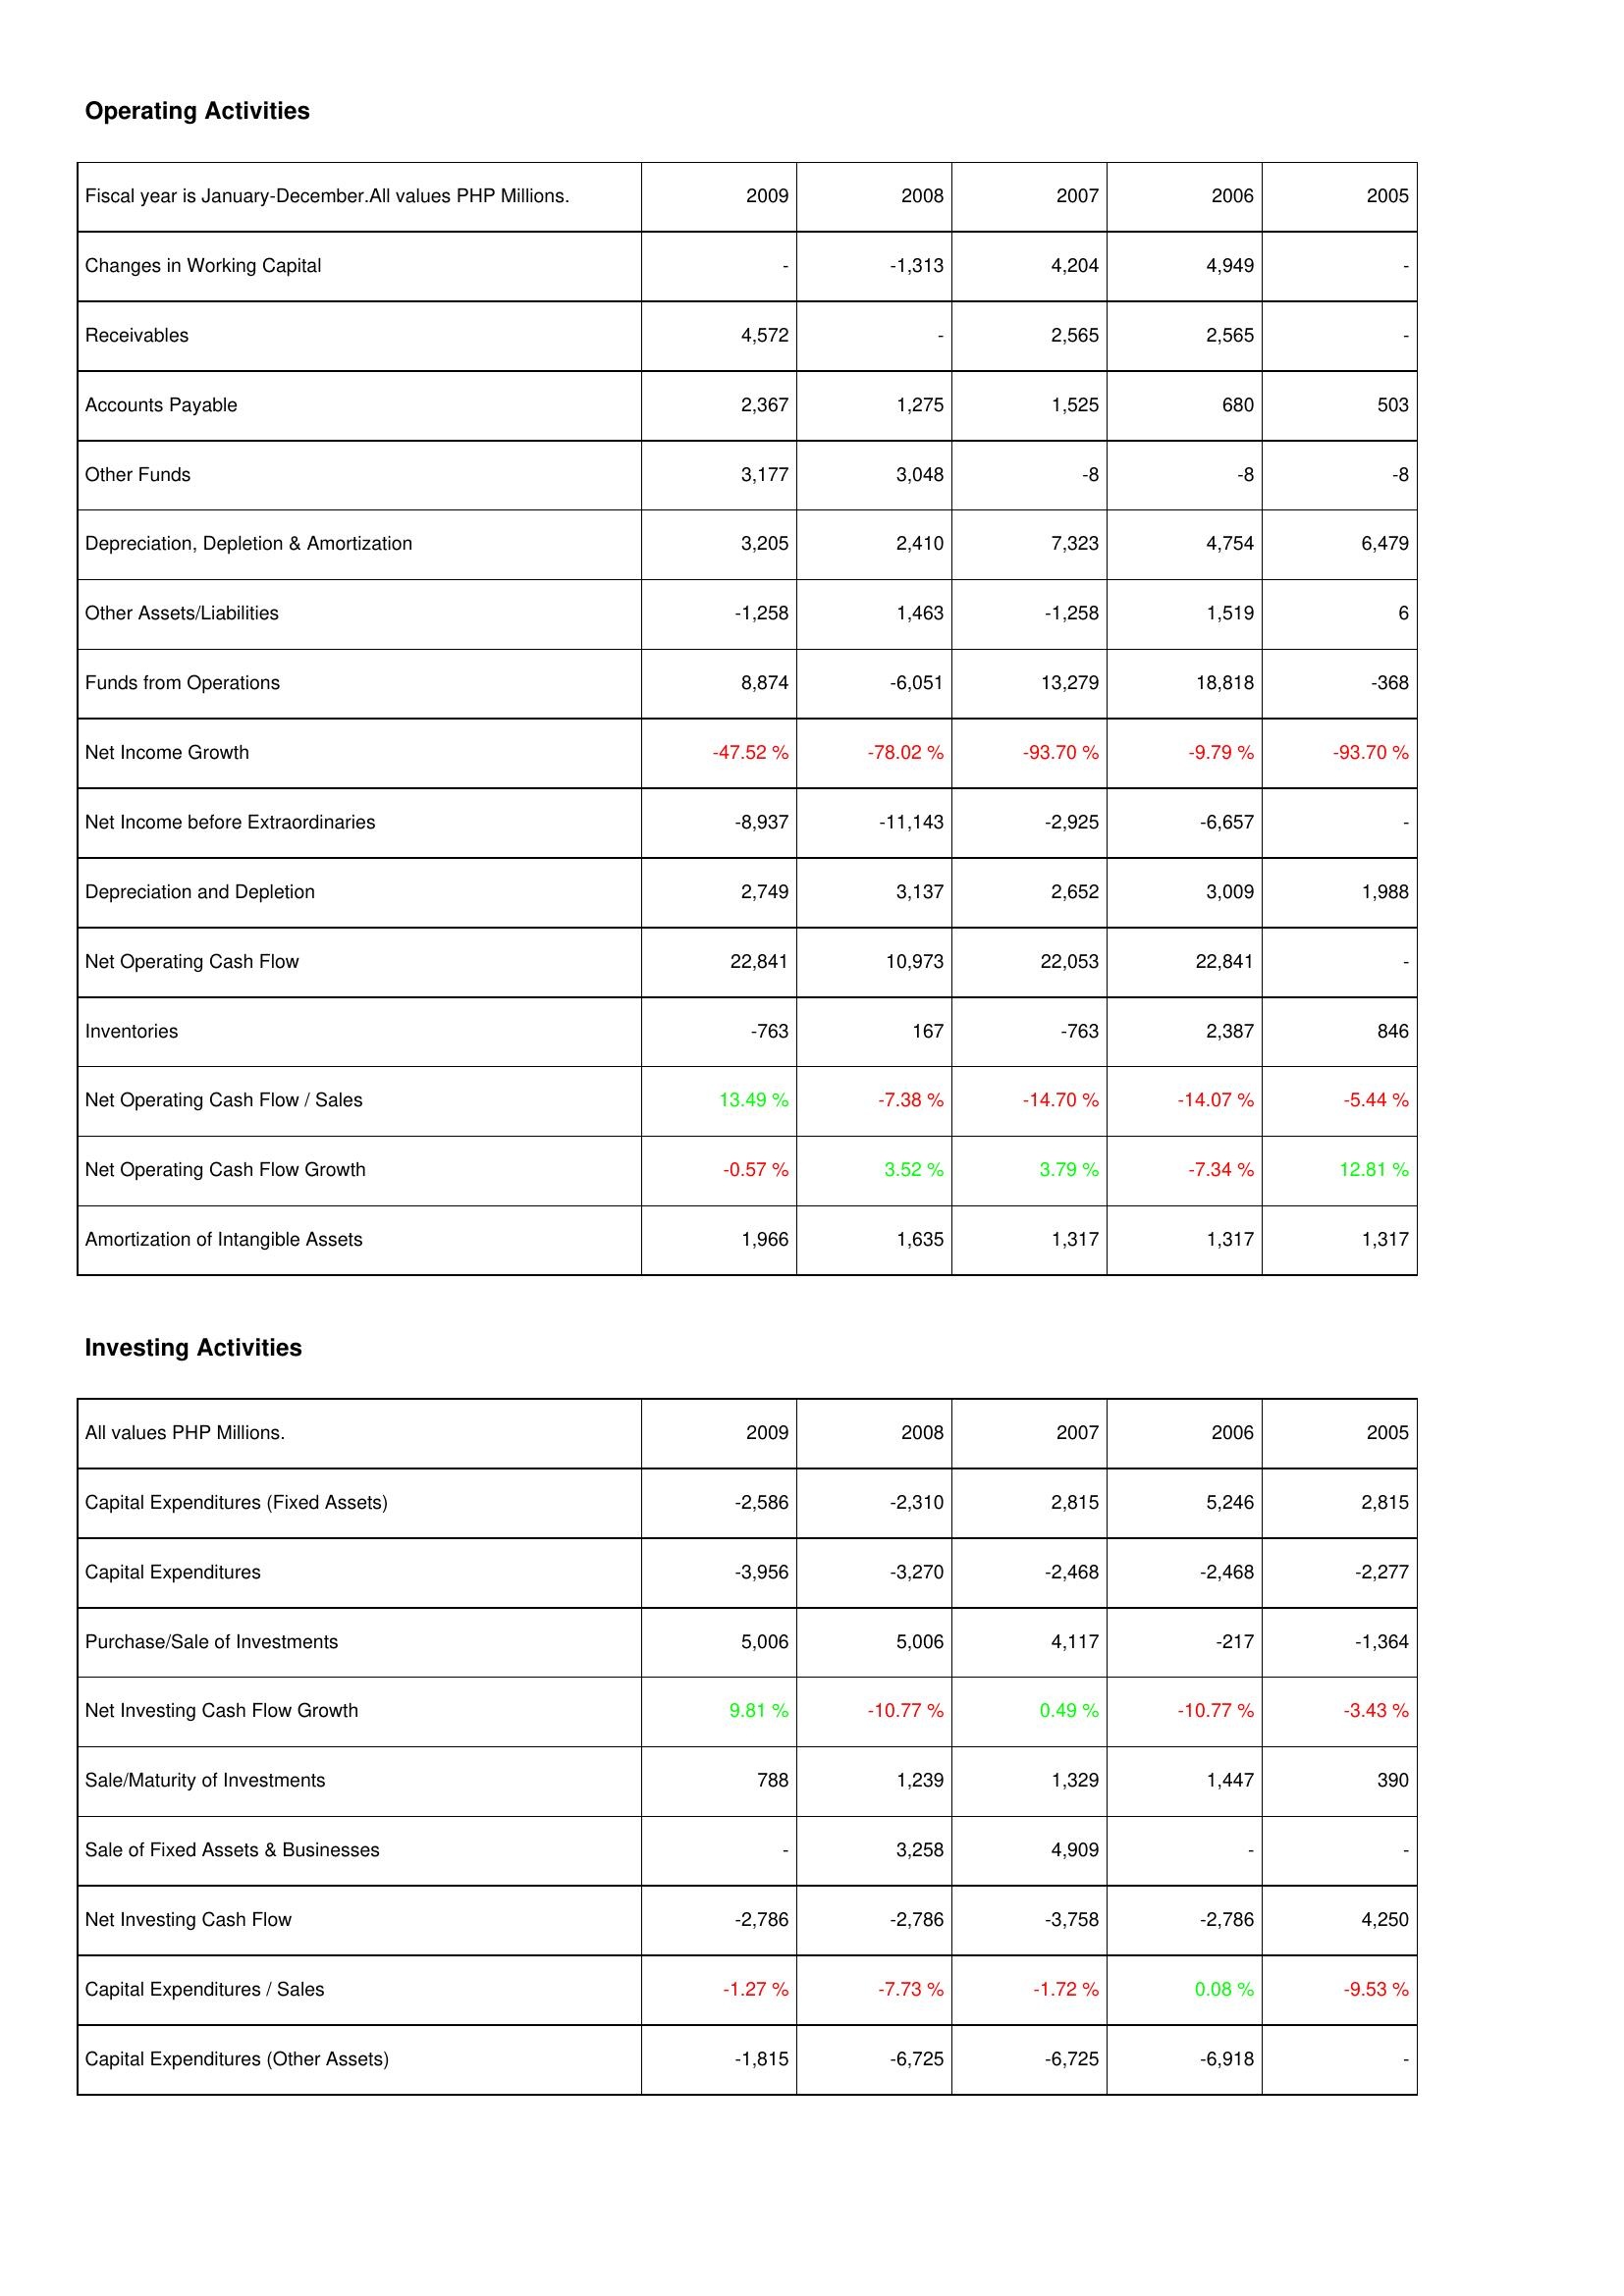
2009: Operating Activities: Changes in Working Capital: -
Receivables: 4,572
Accounts Payable: 2,367
Other Funds: 3,177
Depreciation, Depletion & Amortization: 3,205
Other Assets/Liabilities: -1,258
Funds from Operations: 8,874
Net Income Growth: -47.52 %
Net Income before Extraordinaries: -8,937
Depreciation and Depletion: 2,749
Net Operating Cash Flow: 22,841
Inventories: -763
Net Operating Cash Flow / Sales: 13.49 %
Net Operating Cash Flow Growth: -0.57 %
Amortization of Intangible Assets: 1,966
Investing Activities: Capital Expenditures (Fixed Assets): -2,586
Capital Expenditures: -3,956
Purchase/Sale of Investments: 5,006
Net Investing Cash Flow Growth: 9.81 %
Sale/Maturity of Investments: 788
Sale of Fixed Assets & Businesses: -
Net Investing Cash Flow: -2,786
Capital Expenditures / Sales: -1.27 %
Capital Expenditures (Other Assets): -1,815
2008: Operating Activities: Changes in Working Capital: -1,313
Receivables: -
Accounts Payable: 1,275
Other Funds: 3,048
Depreciation, Depletion & Amortization: 2,410
Other Assets/Liabilities: 1,463
Funds from Operations: -6,051
Net Income Growth: -78.02 %
Net Income before Extraordinaries: -11,143
Depreciation and Depletion: 3,137
Net Operating Cash Flow: 10,973
Inventories: 167
Net Operating Cash Flow / Sales: -7.38 %
Net Operating Cash Flow Growth: 3.52 %
Amortization of Intangible Assets: 1,635
Investing Activities: Capital Expenditures (Fixed Assets): -2,310
Capital Expenditures: -3,270
Purchase/Sale of Investments: 5,006
Net Investing Cash Flow Growth: -10.77 %
Sale/Maturity of Investments: 1,239
Sale of Fixed Assets & Businesses: 3,258
Net Investing Cash Flow: -2,786
Capital Expenditures / Sales: -7.73 %
Capital Expenditures (Other Assets): -6,725
2007: Operating Activities: Changes in Working Capital: 4,204
Receivables: 2,565
Accounts Payable: 1,525
Other Funds: -8
Depreciation, Depletion & Amortization: 7,323
Other Assets/Liabilities: -1,258
Funds from Operations: 13,279
Net Income Growth: -93.70 %
Net Income before Extraordinaries: -2,925
Depreciation and Depletion: 2,652
Net Operating Cash Flow: 22,053
Inventories: -763
Net Operating Cash Flow / Sales: -14.70 %
Net Operating Cash Flow Growth: 3.79 %
Amortization of Intangible Assets: 1,317
Investing Activities: Capital Expenditures (Fixed Assets): 2,815
Capital Expenditures: -2,468
Purchase/Sale of Investments: 4,117
Net Investing Cash Flow Growth: 0.49 %
Sale/Maturity of Investments: 1,329
Sale of Fixed Assets & Businesses: 4,909
Net Investing Cash Flow: -3,758
Capital Expenditures / Sales: -1.72 %
Capital Expenditures (Other Assets): -6,725
2006: Operating Activities: Changes in Working Capital: 4,949
Receivables: 2,565
Accounts Payable: 680
Other Funds: -8
Depreciation, Depletion & Amortization: 4,754
Other Assets/Liabilities: 1,519
Funds from Operations: 18,818
Net Income Growth: -9.79 %
Net Income before Extraordinaries: -6,657
Depreciation and Depletion: 3,009
Net Operating Cash Flow: 22,841
Inventories: 2,387
Net Operating Cash Flow / Sales: -14.07 %
Net Operating Cash Flow Growth: -7.34 %
Amortization of Intangible Assets: 1,317
Investing Activities: Capital Expenditures (Fixed Assets): 5,246
Capital Expenditures: -2,468
Purchase/Sale of Investments: -217
Net Investing Cash Flow Growth: -10.77 %
Sale/Maturity of Investments: 1,447
Sale of Fixed Assets & Businesses: -
Net Investing Cash Flow: -2,786
Capital Expenditures / Sales: 0.08 %
Capital Expenditures (Other Assets): -6,918
2005: Operating Activities: Changes in Working Capital: -
Receivables: -
Accounts Payable: 503
Other Funds: -8
Depreciation, Depletion & Amortization: 6,479
Other Assets/Liabilities: 6
Funds from Operations: -368
Net Income Growth: -93.70 %
Net Income before Extraordinaries: -
Depreciation and Depletion: 1,988
Net Operating Cash Flow: -
Inventories: 846
Net Operating Cash Flow / Sales: -5.44 %
Net Operating Cash Flow Growth: 12.81 %
Amortization of Intangible Assets: 1,317
Investing Activities: Capital Expenditures (Fixed Assets): 2,815
Capital Expenditures: -2,277
Purchase/Sale of Investments: -1,364
Net Investing Cash Flow Growth: -3.43 %
Sale/Maturity of Investments: 390
Sale of Fixed Assets & Businesses: -
Net Investing Cash Flow: 4,250
Capital Expenditures / Sales: -9.53 %
Capital Expenditures (Other Assets): -